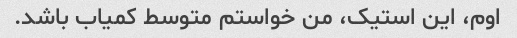
اوم، این استیک، من خواستم متوسط ​​کمیاب باشد.